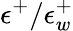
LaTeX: \epsilon^{+}/\epsilon_{w}^{+}